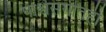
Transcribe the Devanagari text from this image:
पार्श्वसंगीतही